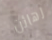
رهائن